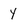
Character: y